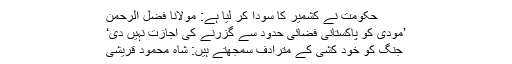
حکومت نے کشمیر کا سودا کر لیا ہے: مولانا فضل الرحمٰن
’مودی کو پاکستانی فضائی حدود سے گزرنے کی اجازت نہیں دی‘
جنگ کو خود کشی کے مترادف سمجھتے ہیں: شاہ محمود قریشی